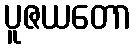
ပူဇယတော